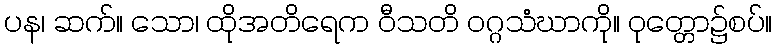
ပန၊ ဆက်။ သော၊ ထိုအတိရေက ဝီသတိ ဝဂ္ဂသံဃာကို။ ဝုတ္တော၌စပ်။